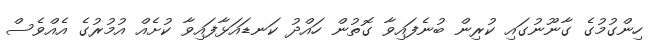
ހިންގުމުގެ ގާނޫނުގައި ކުރިން ބުނެފައިވާ ގޮތުން ހައްދު ކަނޑައަޅާފައިވާ ކުށެއް އުމުރުގެ އެއްވެސް